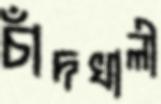
চাঁদখালী